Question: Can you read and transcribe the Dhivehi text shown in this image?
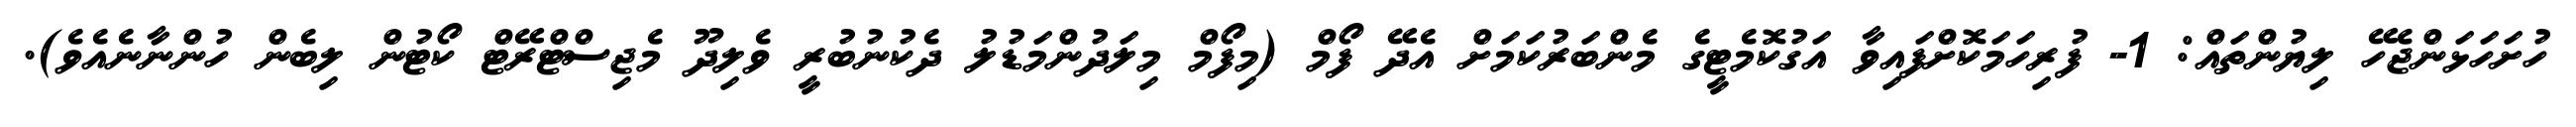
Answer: ހުށަހަޅަންޖެހޭ ލިޔުންތައް: 1- ފުރިހަމަކޮށްފައިވާ އަގުކޮމެޓީގެ މެންބަރުކަމަށް އެދޭ ފޯމް (މިފޯމް މިލަދުންމަޑުލު ދެކުނުބުރީ ވެލިދޫ މެޖިސްޓްރޭޓް ކޯޓުން ލިބެން ހުންނާނެއެވެ).